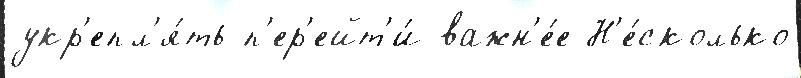
укр'епл'я́ть п'ер'ейт'и́ важн'е́е Н'е́сколько